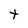
Character: t